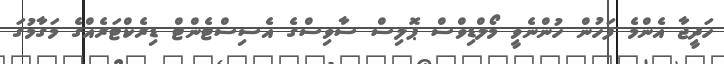
ހަދީޖާ އެންމެ ފަހުން ހުންނެވީ މޯލްޑިވްސް ޕޮލިސް ސާވިސްގެ އެސިސްޓެންޓް ޑިރެކްޓަރެއްގެ މަގާމުގަ